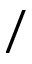
/